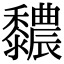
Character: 䵜